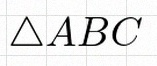
\triangle ABC